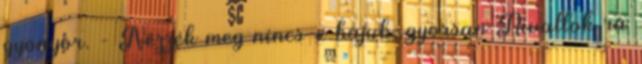
gyönyör. - Nézzék meg nincs-e bajuk, gyorsan Rivallok rá